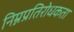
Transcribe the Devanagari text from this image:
निम्नप्रतिरोधकता